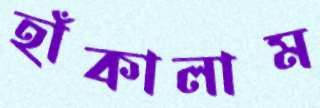
হাঁকালাম